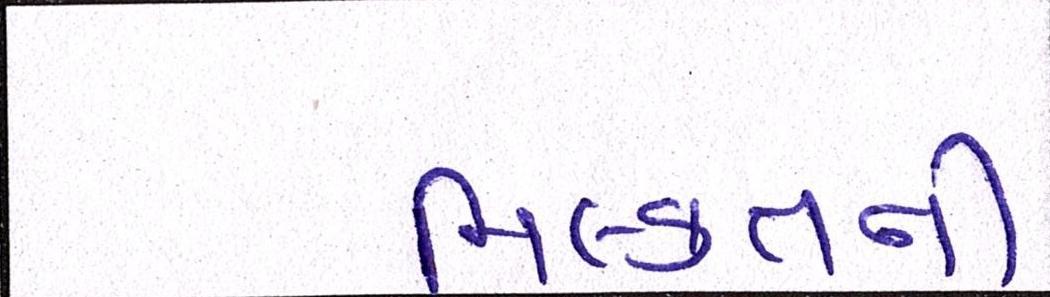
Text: મિલ્કતની